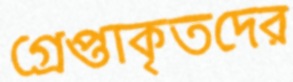
গ্রেপ্তাকৃতদের